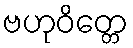
ဗဟုဝိတ္တေ